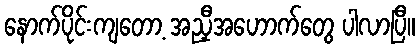
နောက်ပိုင်းကျတော့ အညှီအဟောက်တွေ ပါလာပြီ။